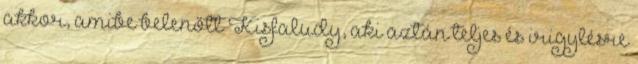
akkor, amibe belenőtt Kisfaludy, aki aztán teljes és irigylésre